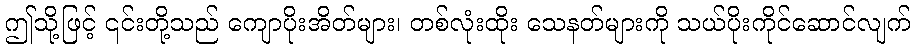
ဤသို့ဖြင့် ၎င်းတို့သည် ကျောပိုးအိတ်များ၊ တစ်လုံးထိုး သေနတ်များကို သယ်ပိုးကိုင်ဆောင်လျက်